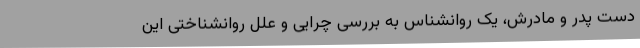
دست پدر و مادرش، یک روانشناس‌ به بررسی چرایی و علل روانشناختی این